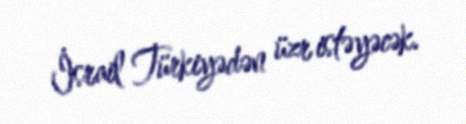
İsrail Türkiyədən üzr istəyəcək.